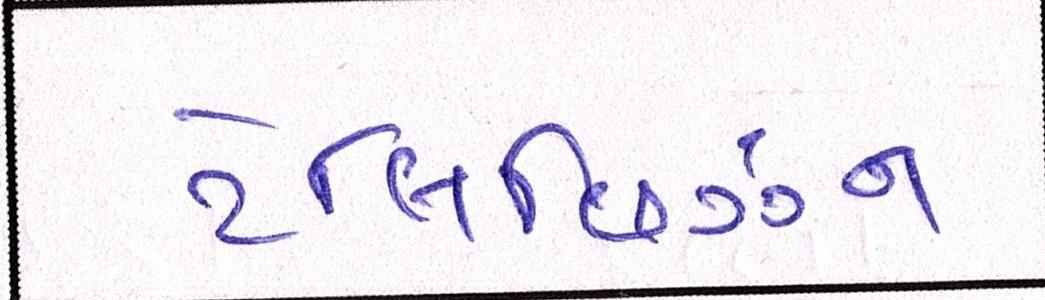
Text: ટેલિવિઝન